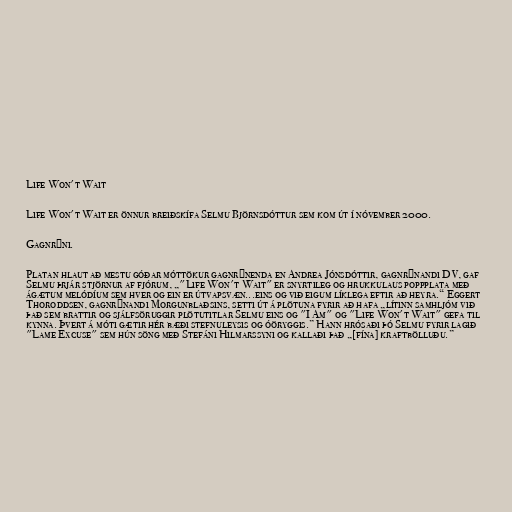
Life Won't Wait

Life Won't Wait er önnur breiðskífa Selmu Björnsdóttur sem kom út í nóvember 2000.

Gagnrýni.

Platan hlaut að mestu góðar móttökur gagnrýnenda en Andrea Jónsdóttir, gagnrýnandi DV, gaf
Selmu þrjár stjörnur af fjórum, „"Life Won't Wait" er snyrtileg og hrukkulaus poppplata með
ágætum melódíum sem hver og ein er útvapsvæn...eins og við eigum líklega eftir að heyra.“ Eggert
Thoroddsen, gagnrýnandi Morgunblaðsins, setti út á plötuna fyrir að hafa „lítinn samhljóm við
það sem brattir og sjálfsöruggir plötutitlar Selmu eins og "I Am" og "Life Won't Wait" gefa til
kynna. Þvert á móti gætir hér bæði stefnuleysis og óöryggis.” Hann hrósaði þó Selmu fyrir lagið
"Lame Excuse" sem hún söng með Stefáni Hilmarssyni og kallaði það „[fína] kraftbölluðu.”